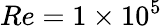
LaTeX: Re=1\times 10^{5}